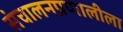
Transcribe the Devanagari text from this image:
संचालनप्रणालीला